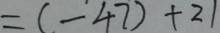
= ( - 4 7 ) + 2 1